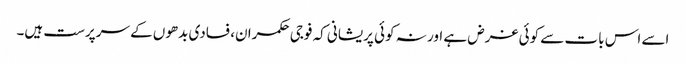
اسے اس بات سے کوئی غرض ہے اور نہ کوئی پریشانی کہ فوجی حکمران، فسادی بدھوں کے سرپرست ہیں۔